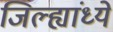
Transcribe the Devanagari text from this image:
जिल्ह्यांध्ये